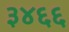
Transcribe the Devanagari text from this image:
३४६६